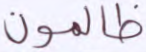
ظالمون